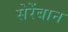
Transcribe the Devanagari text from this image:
सेरेंबान